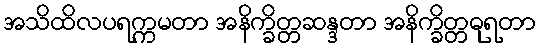
အသိထိလပရက္ကမတာ အနိက္ခိတ္တဆန္ဒတာ အနိက္ခိတ္တဓုရတာ